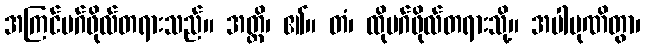
အကြင်မဂ်ဖိုလ်တရားသည်။ အတ္ထိ၊ ၏။ တံ၊ ထိုမဂ်ဖိုလ်တရားသို့။ အပါပုဏိတွာ၊